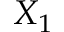
X _ { 1 }